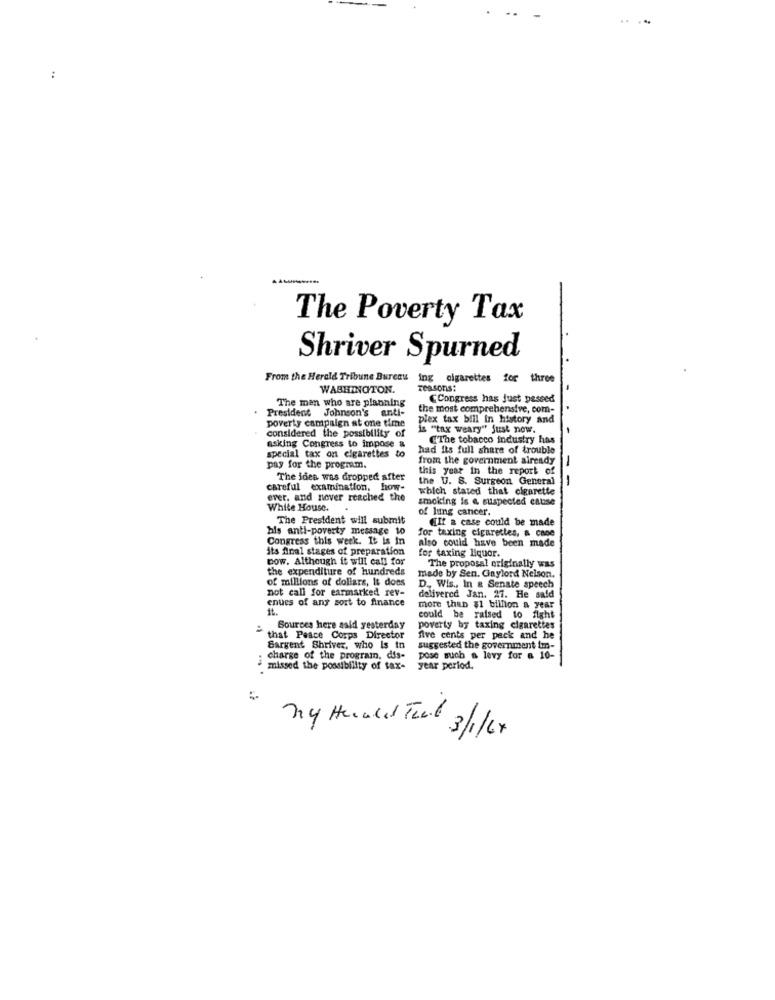
..
:
The Poverty Tax
Shriver Spurned
From the Herald Tribune Bureau
% cigarettes for three
WASHINGTON.
reasons:
The man who are planning
CCongress has just passed
President Johnson's
the most comprehensive, com-
1.
poverty campaign at one time
plex tax bill in history and
considered the possibility of
is "tax weary" just now.
asking Congress to impose
CThe tobacco industry has
had Its full share of trouble
special tax on cigarettes to
from the government already
pay for the program.
this year in the report of
The idea was dropped after
the U. S. Surgeon General
11
--
careful examination, how-
which stated that cigarette
ever, and never reached the
smoking is a suspected cause
White House.
of lung cancer.
The President will submit
(If a case could be made
his anti-poverty message to
Congress this week. It is In
also could have been made
for taxing cigarettes, & cone
its final stages of preparation
for taxing liquor.
Dow. Although it will call for
the expenditure of hundreds
The proposal originally was
of millions of dollars, It does
made by Sen. Gaylord Nelson.
not call for earmarked rev-
D ., Wis ., In & Senate speech
enues of any sort to finance
delivered Jan. 27. He said
more than $1 billion a year
could be raised to fight
Sources here said yesterday
poverty by taxing cigarettes
that Peace Corps Director
five cents per pack and he
Sargent Shriver, who Is in
suggested the government im-
charge of the program, dis-
pose such a levy for a 10-
missed the possibility of tax-
year period.
My Herald That 3/18